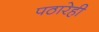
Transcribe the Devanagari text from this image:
पठारेही